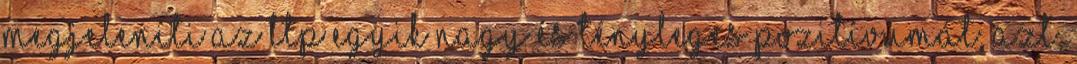
megjeleníti az LTP egyik nagy és tényleges pozitívumát, azt,